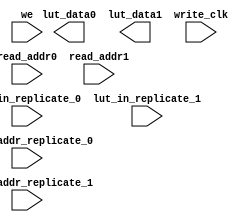
module sym_dn_lut (
    output wire lut_data0,
    output wire lut_data1,
 
    input wire lut_in_replicate_0, // written data
    input wire [4:0] write_addr_replicate_0,

    input wire lut_in_replicate_1, // written data
    input wire [4:0] write_addr_replicate_1,        

    input wire [4:0] read_addr0,
    input wire [4:0] read_addr1,
    
    input wire we,
    input wire write_clk
 );

`ifdef LUTRAM_INFER
		// Port 0
		(* ram_style="distributed" *) reg [0:0] lut_page_bitData_port0 [0:`DN_LOAD_CYCLE-1];
		always @(posedge write_clk) begin
			if(we == 1'b1)	lut_page_bitData_port0[ write_addr_replicate_0[4:0] ][0:0] <= lut_in_replicate_0;
		end	
		assign lut_data0 = lut_page_bitData_port0[ read_addr0[4:0] ][0:0];

		// Port 1
		(* ram_style="distributed" *) reg [0:0] lut_page_bitData_port1 [0:`DN_LOAD_CYCLE-1];
		always @(posedge write_clk) begin
			if(we == 1'b1)	lut_page_bitData_port1[ write_addr_replicate_1[4:0] ][0:0] <= lut_in_replicate_1;
		end	
		assign lut_data1 = lut_page_bitData_port1[ read_addr1[4:0] ][0:0];
`else

`endif
endmodule